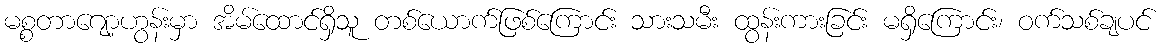
မစ္စတာဂျော့ဟွန်းမှာ အိမ်ထောင်ရှိသူ တစ်ယောက်ဖြစ်ကြောင်း သားသမီး ထွန်းကားခြင်း မရှိကြောင်း၊ ဝက်သစ်ချပင်